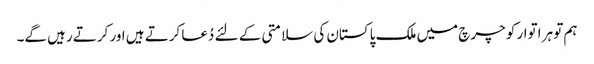
ہم تو ہر اتوار کو چرچ میں ملک پاکستان کی سلامتی کے لئے دُعا کرتے ہیں اور کرتے رہیں گے۔